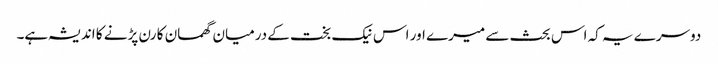
دوسرے یہ کہ اس بحث سے میرے اور اس نیک بخت کے درمیان گھمسان کا رن پڑنے کا اندیشہ ہے۔